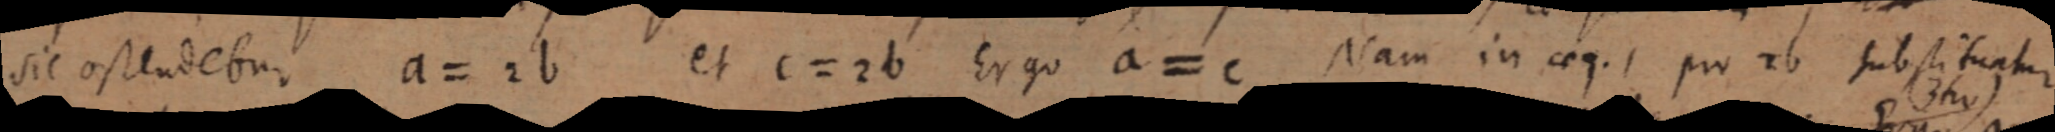
sic ostendetur. a = 2b et c = 2b Ergo a = c Nam in aeq. 1 pro 2b substituatur